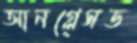
আনগ্লেসড